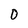
Character: 0